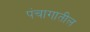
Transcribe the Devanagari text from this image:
पंचागातील